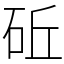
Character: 䂡